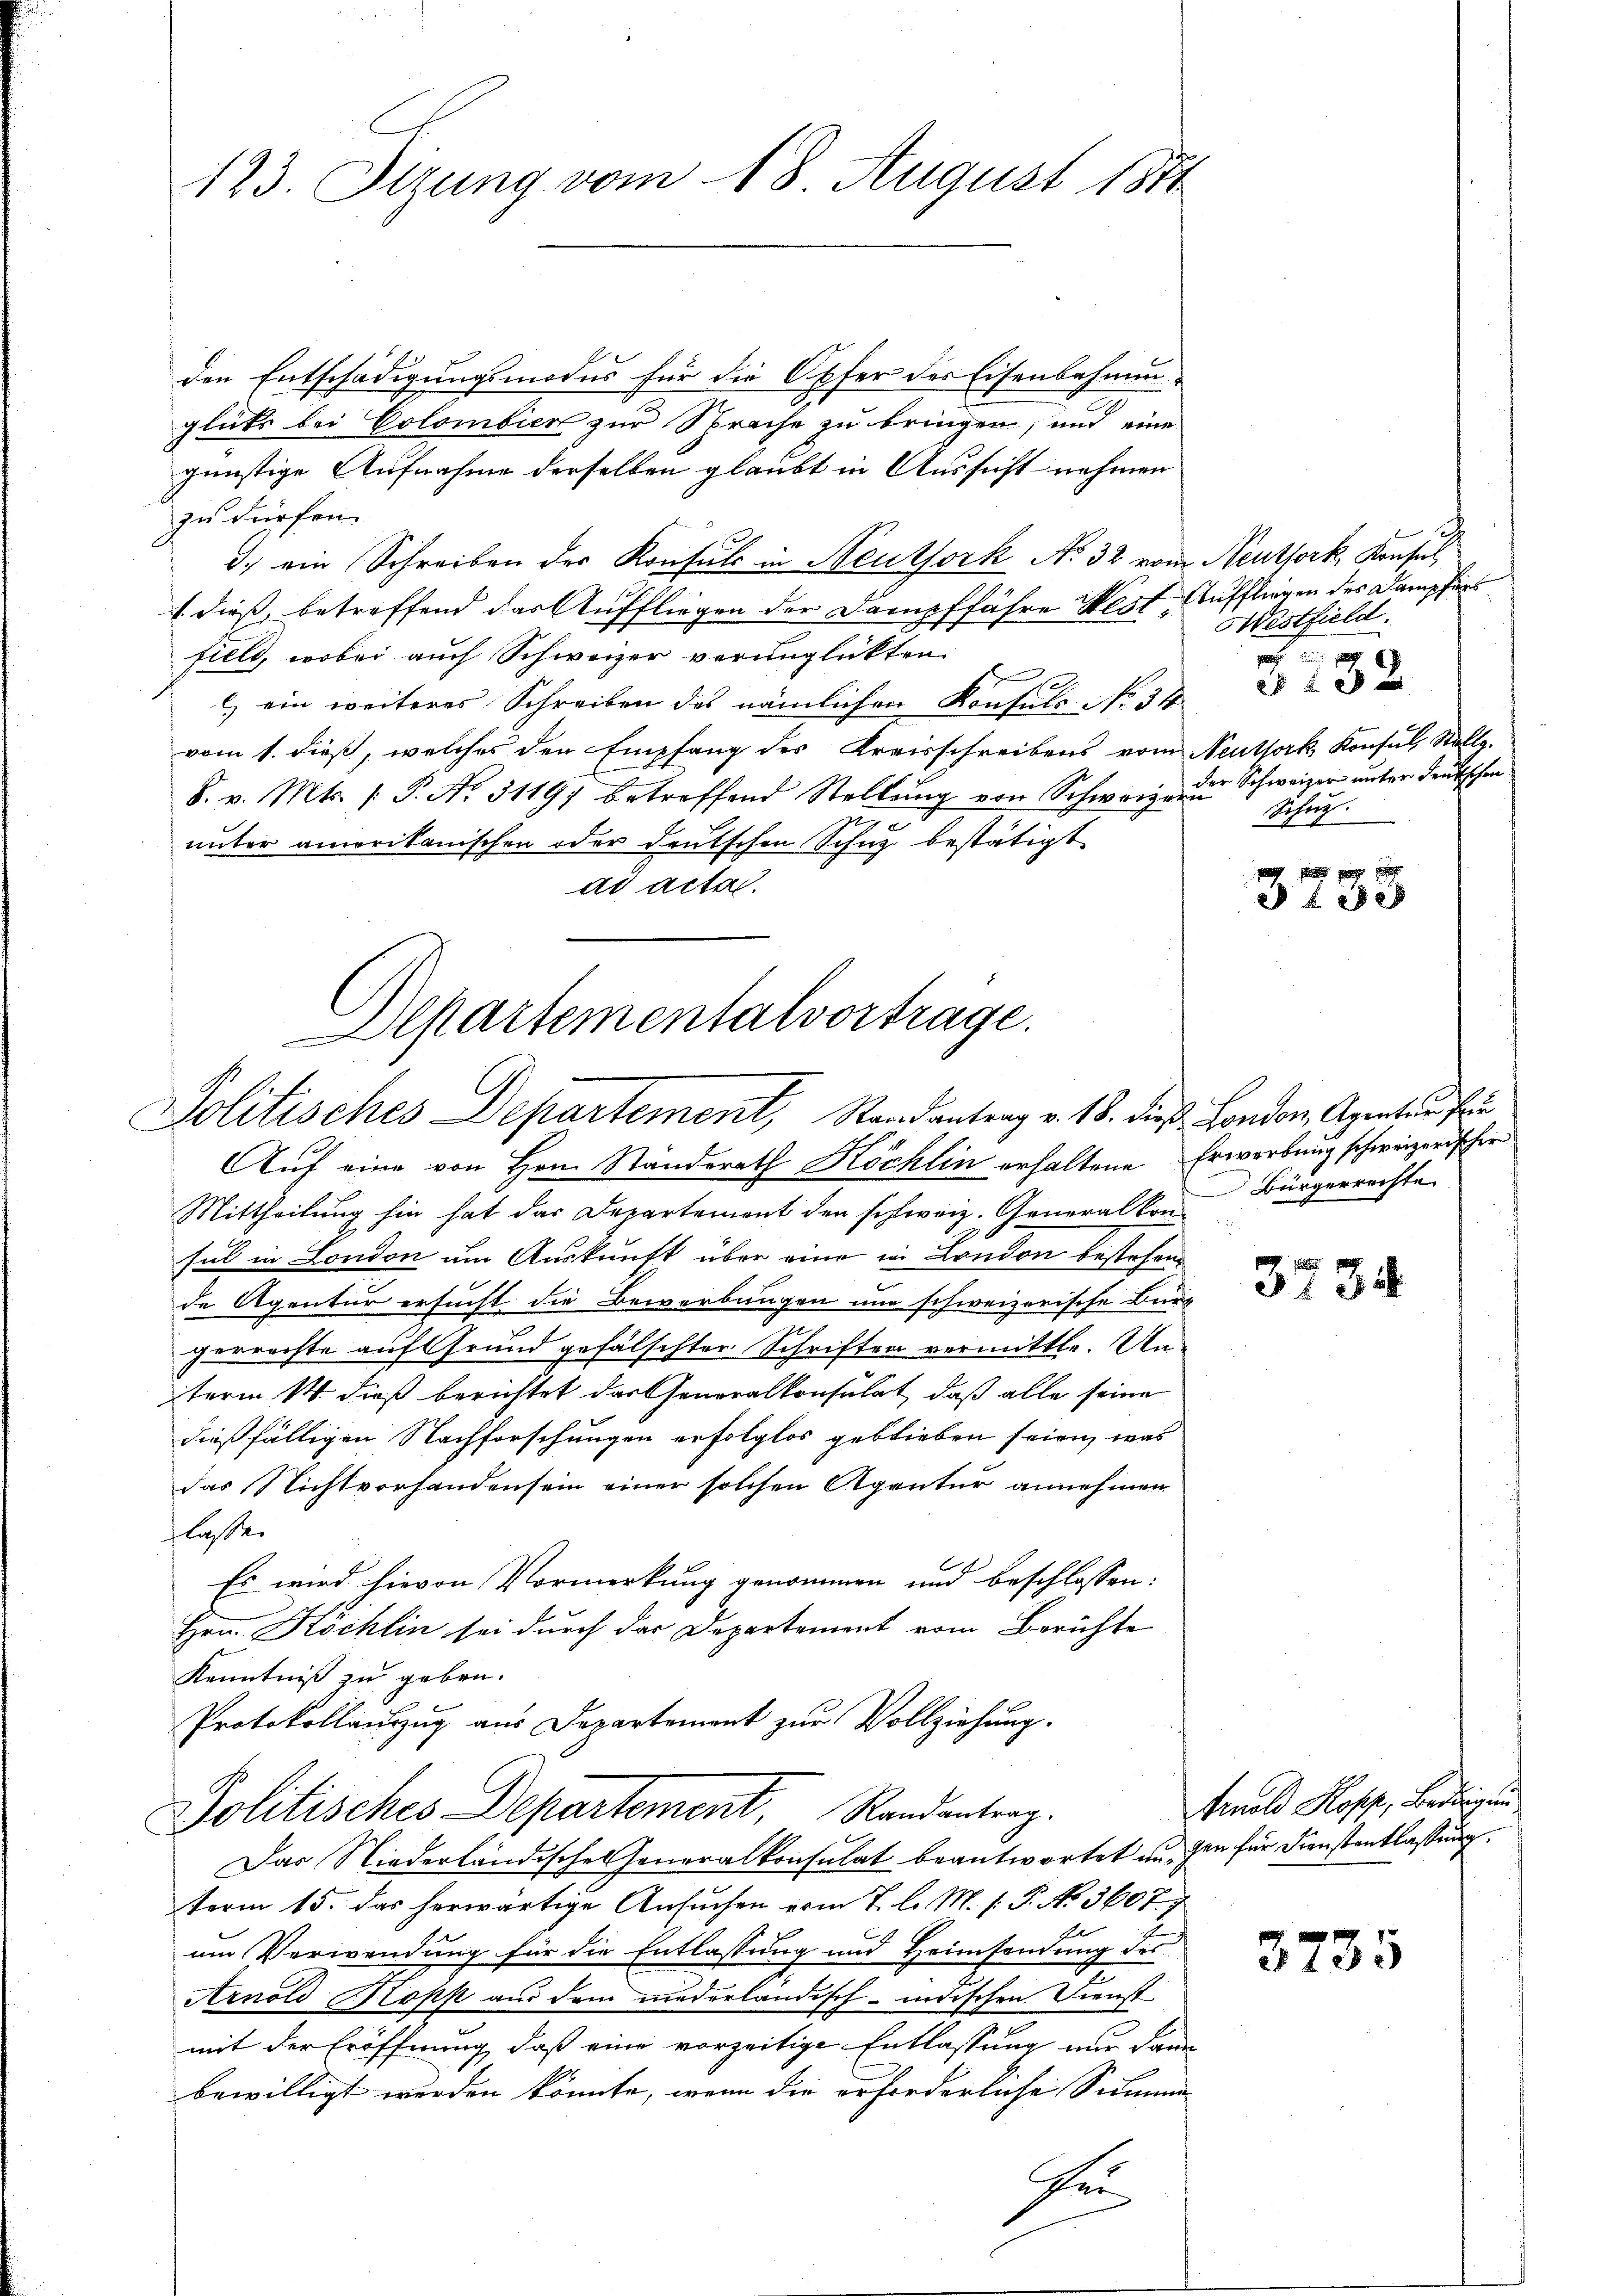
123. Otzung vom 18 August 1871

den Entschädigungsmodus für die Opfer des Eisenbahnunglücks bei Colombier zur Sprache zu bringen, und eine
günstige Aufnahme derselben glaubt in Aussicht nehmen
zu dürfen.
3.) ein Schreiben des Konsuls in Neuthork No 32 vom
1 dieß, betreffend das Auffliegen der Dampffahre West.
fielt, wobei auch Schweizer verunglickten
l.) ein weiteres Schreiben des nämlichen Konsuls No 34
vom 1. dieß, welches den Empfang des Kreisschreibens vom
S. v. Mts. /: P. Nr. 31197 betreffend Stellŭng von Schweizer Schweizer unter deutschen
unter amerikanischen oder deutschen Schuz bestätigt
ad acta.
Auf eine von Hrn. Standerath Köchlin erhaltene Erwerbung schweizerischer
Mittheilung hin hat das Departement den schweiz. Generalkon Bürgerrechte
sul in London um Auskunft über eine in London bestehen
de Agentur ersucht die Bewerbungen nur schweizerische Bürgerrechte auf Grund gefälschter Schriften vermittle. Un
term 14. dieß berichtet das Generalkonsulat, daß alle seine
dießfälligen Nachforschungen erfolglos geblieben seien, was
das Nichtvorhandensein einer solchen Agentur annehmen
flassen
Es wird hievon Vormerkung genommen und beschlossen:
Hrn. Köchlin sei durch der Departement vom Berichte
Kenntniß zu geben.
Protokollauszug aus Departement zur Vollziehung.
Politisches Departement, Randantrag.
Das Niederländische Generalkonsulat beantwortet augen für Dienstentlassung.
term 15. das herwärtige Ansuchen vom 7. l. M. s. P. No 3607
um Verwendung für die Entlassung und Heimsendung der
Arnold Kopp aus dem niederländisch-indischen Dienst
mit der Eröffnung, daß eine vorzeitige Entlassung nur dann
bewilligt werden könnte, wenn die erforderliche Summe
r

Alpartementalvortrage.
Politisches Departement, Randantrag v. 18. dieß London, Agenten Pri

Neuthork, Konsul
Tuffliegen des Dampfers
Westfield.
t
5132
Peuthork Konsul Stallg.
Schutz

3133

¬

3734

Arnold Kopf, Bedingun

3735